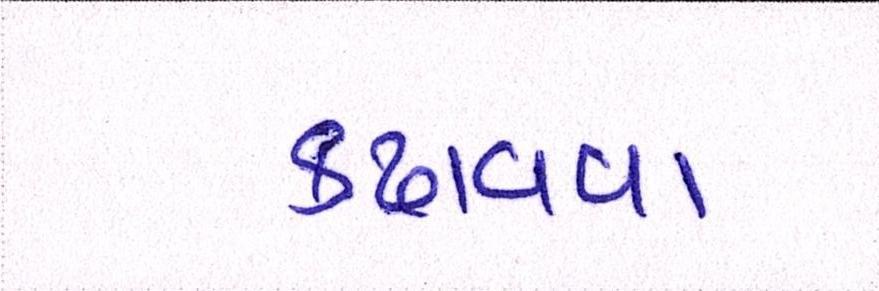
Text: કઢાવવા